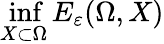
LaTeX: \operatorname*{inf}_{X\subset\Omega}E_{\varepsilon}(\Omega,X)